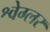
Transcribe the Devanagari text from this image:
श्वेग्लर